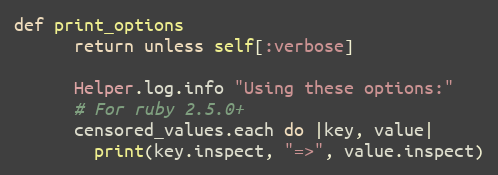
Language: Ruby
def print_options
      return unless self[:verbose]

      Helper.log.info "Using these options:"
      # For ruby 2.5.0+
      censored_values.each do |key, value|
        print(key.inspect, "=>", value.inspect)